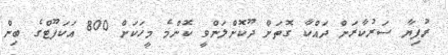
ރުފިޔާ ސަރުކާރަށް ދައްކާ ގޮތަށް ދޫކޮށްލަންވީ ކޮންމެ މީހަކަށް 800 އަކަފޫޓްގެ ބިން